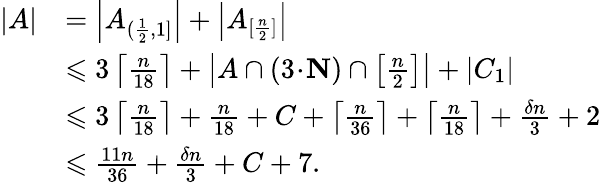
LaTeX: \begin{array}{rl}{|A|}&{=\left|A_{(\frac{1}{2},1]}\right|+\left|A_{[\frac{n}{2}]}\right|}\\ &{\leqslant 3\left\lceil\frac{n}{18}\right\rceil+\left|A\cap(3\! \cdot\! \mathbf{N})\cap\left[\frac{n}{2}\right]\right|+\left|C_{1}\right|}\\ &{\leqslant 3\left\lceil\frac{n}{18}\right\rceil+\frac{n}{18}+C+\left\lceil\frac{n}{36}\right\rceil+\left\lceil\frac{n}{18}\right\rceil+\frac{\delta n}{3}+2}\\ &{\leqslant\frac{11n}{36}+\frac{\delta n}{3}+C+7.}\end{array}